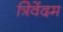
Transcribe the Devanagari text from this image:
त्रिवेंदम